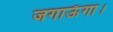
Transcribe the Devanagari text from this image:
जगाऊँगा।